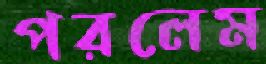
পরলেম